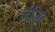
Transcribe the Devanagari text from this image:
जंजिरे